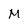
Character: M